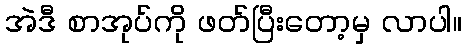
အဲဒီ စာအုပ်ကို ဖတ်ပြီးတော့မှ လာပါ။